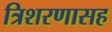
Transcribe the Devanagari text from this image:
त्रिशरणासह